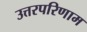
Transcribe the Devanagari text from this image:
उत्तरपरिणाम